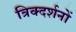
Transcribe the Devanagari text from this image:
त्रिक्दर्शनों